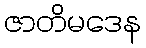
ဇာတိမဒေန